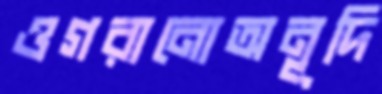
ওগরানোঅনূদি